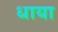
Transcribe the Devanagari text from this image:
धाया